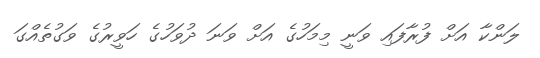
ލަންކާ އަށް ފުރާފައި ވަނީ މިމަހުގެ އަށް ވަނަ ދުވަހުގެ ހަވީރުގެ ވަގުތެއްގަ